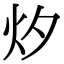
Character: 㶤